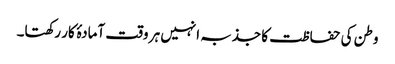
وطن کی حفاظت کا جذبہ انہیں ہر وقت آمادۂ کار رکھتا۔